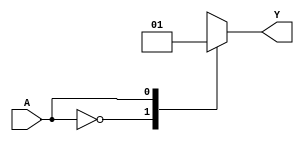
module single_variable_kmap (
    input wire A,      // 1-bit input
    output reg Y      // 1-bit output
);

// Parameters for K-map outputs
parameter Y0 = 1'b0; // Output when A = 0
parameter Y1 = 1'b1; // Output when A = 1

always @(*) begin
    case (A)
        1'b0: Y = Y0; // If A is 0, assign Y0 to Y
        1'b1: Y = Y1; // If A is 1, assign Y1 to Y
        default: Y = 1'bx; // Undefined state (shouldn't occur with a single variable)
    endcase
end

endmodule